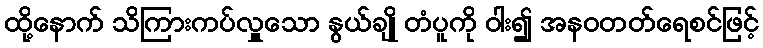
ထို့နောက် သိကြားကပ်လှူသော နွယ်ချို တံပူကို ဝါး၍ အနဝတတ်ရေစင်ဖြင့်